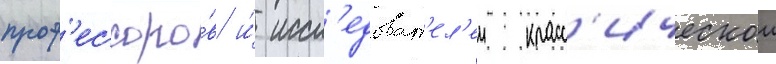
проф'ессоро́в и́ иссл'едоват'ел'еи класс'ическои